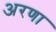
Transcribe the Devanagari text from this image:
अरणा